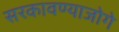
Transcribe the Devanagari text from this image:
सरकावण्याजोगे